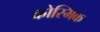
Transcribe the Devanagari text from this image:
कोस्मिक